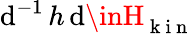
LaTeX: \mathrm{d}^{-1}\, h\, \mathrm{d}\inH_{\mathrm{{~k~i~n~}}}